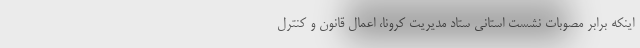
اینکه برابر مصوبات نشست استانی ستاد مدیریت کرونا، اعمال قانون و کنترل